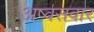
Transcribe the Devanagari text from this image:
अष्वसवार